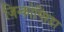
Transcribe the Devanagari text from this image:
जिन्कोप्सिडा